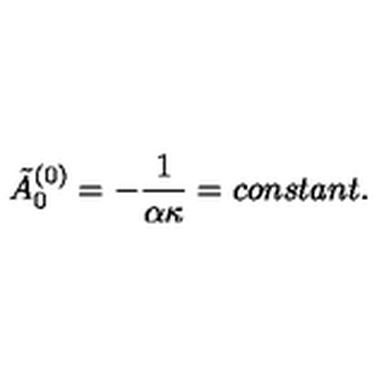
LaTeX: \tilde { A } _ { 0 } ^ { ( 0 ) } = - \frac { 1 } { \alpha \kappa } = c o n s t a n t .